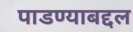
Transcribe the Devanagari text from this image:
पाडण्याबद्दल